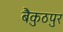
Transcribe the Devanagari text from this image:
बैकुठपुर